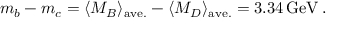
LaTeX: m _ { b } - m _ { c } = \langle M _ { B } \rangle _ { \mathrm { a v e . } } - \langle M _ { D } \rangle _ { \mathrm { a v e . } } = 3 . 3 4 \, \mathrm { G e V } \, .